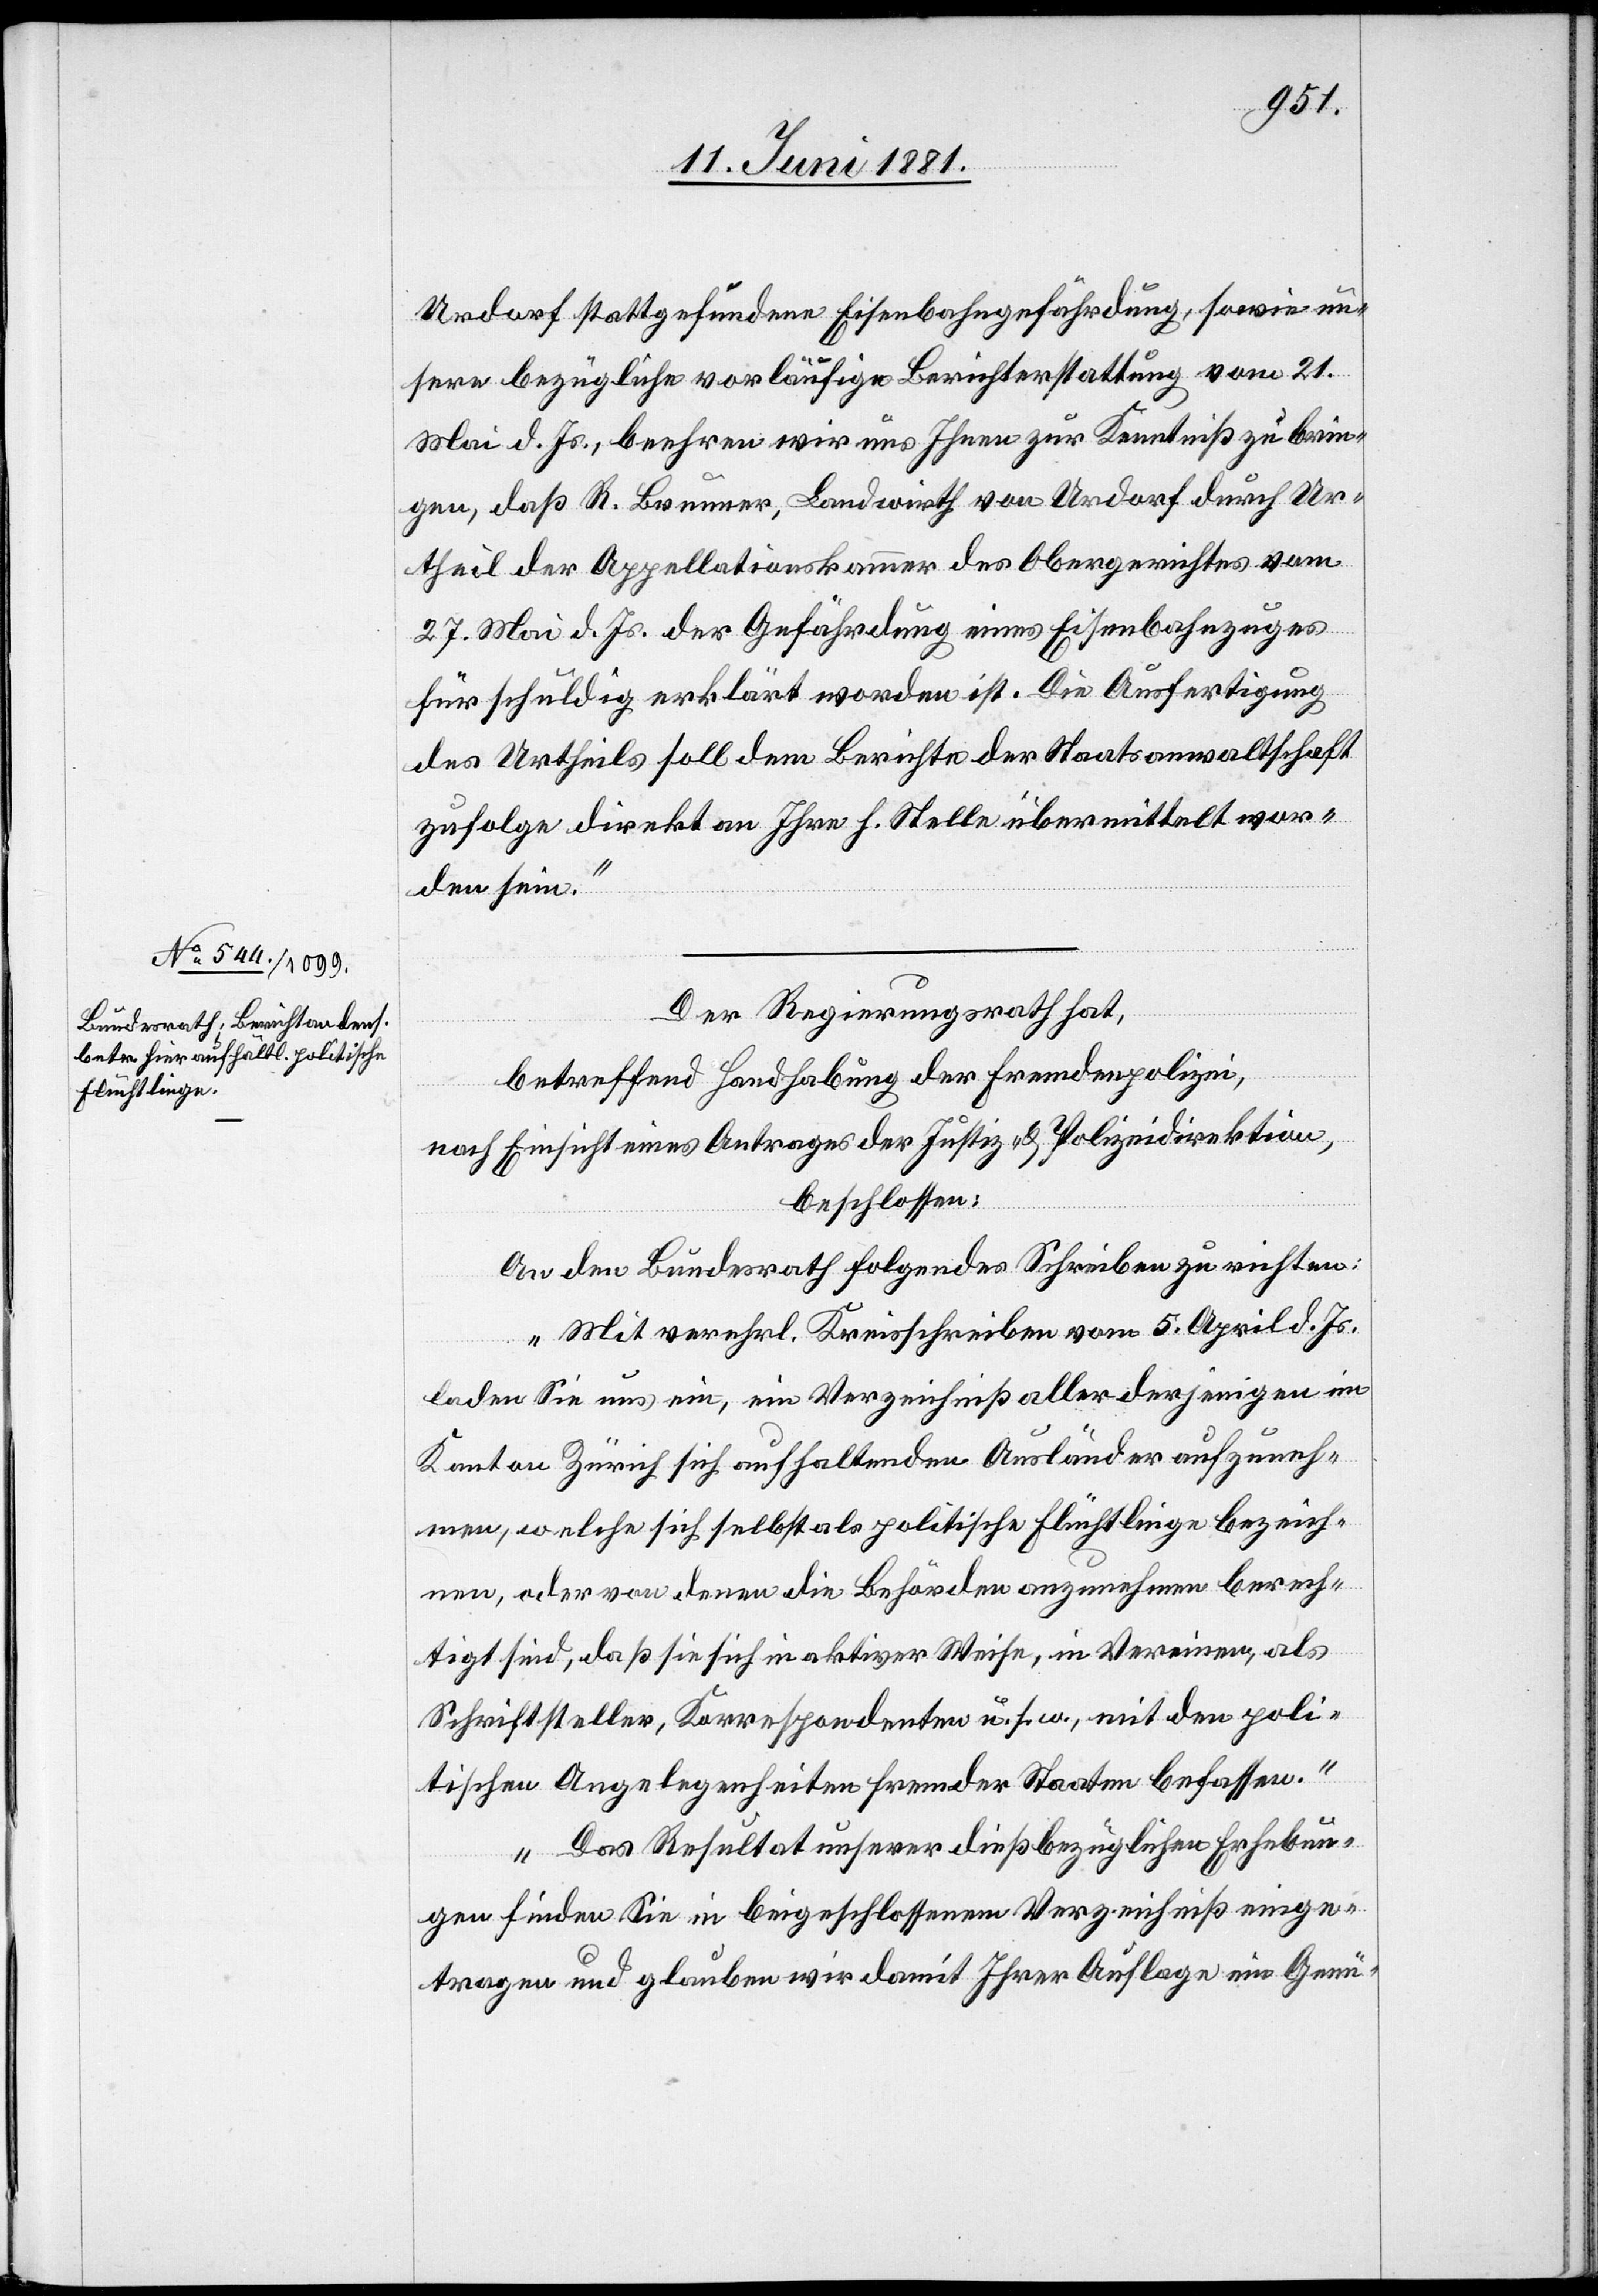
Urdorf stattgefundene Eisenbahngefährdung, sowie un¬
sere bezügliche vorläufige Berichterstattung vom 21.
Mai d. Js., beehren wir uns Ihnen zur Kenntniß zu brin¬
gen, daß R. Brunner, Landwirth von Urdorf durch Ur¬
theil der Appellationskammer des Obergerichtes vom
27. Mai d. Js. der Gefährdung eines Eisenbahnzuges
für schuldig erklärt worden ist. Die Ausfertigung
des Urtheils soll dem Berichte der Staatsanwaltschaft
zufolge direkt an Ihre h. Stelle übermittelt wor¬
den sein.“
Der Regierungsrath hat,
betreffen Handhabung der Fremdenpolizei,
nach Einsicht eines Antrages der Justiz- & Polizeidirektion,
beschlossen:
An den Bundesrath folgendes Schreiben zu richten:
„Mit verehrl. Kreisschreiben vom 5. April d. Js.
laden Sie uns ein, ein Verzeichniß aller derjenigen im
Kanton Zürich sich aufhaltenden Ausländer aufzuneh¬
men, welche sich selbst als politische Flüchtlinge bezeich¬
nen, oder von denen die Behörden anzunehmen berech¬
tigt sind, daß sie sich in aktiver Weise, in Vereinen, als
Schriftsteller, Korrespondenten u. s. w., mit den poli¬
tischen Angelegenheiten fremder Staaten befassen.
Das Resultat unserer dießbezüglichen Erhebun¬
gen finden Sie in beigeschlossenem Verzeichniß einge¬
tragen und glauben wir damit Ihrer Auflage ein Genü-